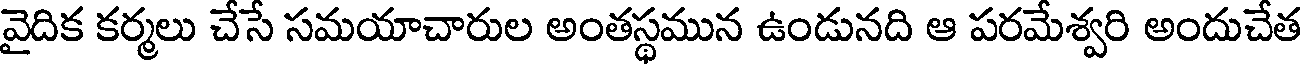
వైదిక కర్మలు చేసే సమయాచారుల అంతస్థమున ఉండునది ఆ పరమేశ్వరి అందుచేత